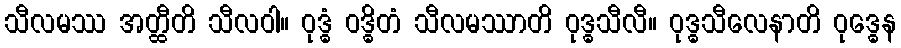
သီလမဿ အတ္ထီတိ သီလဝါ။ ဝုဒ္ဓံ ဝဒ္ဓိတံ သီလမဿာတိ ဝုဒ္ဓသီလီ။ ဝုဒ္ဓသီလေနာတိ ဝုဒ္ဓေန